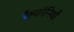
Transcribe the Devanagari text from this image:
बैल्कॉनियों